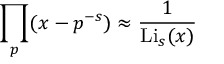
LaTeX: \prod _ { p } ( x - p ^ { - s } ) \approx { \frac { 1 } { \operatorname { L i } _ { s } ( x ) } }